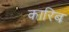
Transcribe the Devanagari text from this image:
कारिब